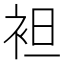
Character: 袒